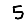
Digit: 5